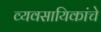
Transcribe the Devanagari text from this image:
व्यवसायिकांचे